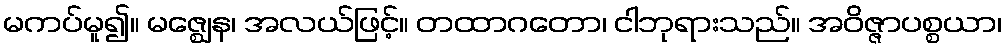
မကပ်မူ၍။ မဇ္ဈေန၊ အလယ်ဖြင့်။ တထာဂတော၊ ငါဘုရားသည်။ အဝိဇ္ဇာပစ္စယာ၊